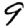
Digit: 9